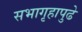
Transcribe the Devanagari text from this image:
सभागृहापुढे